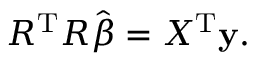
R ^ { \mathrm { { T } } } R { \hat { \boldsymbol { \beta } } } = X ^ { \mathrm { { T } } } \mathbf { y } .